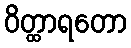
ဝိတ္ထာရတော